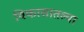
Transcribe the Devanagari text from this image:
विकासातल्या